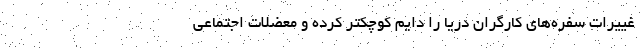
غییرات سفره‌های کارگران دریا را دایم کوچکتر کرده و معضلات اجتماعی